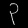
Digit: ၃